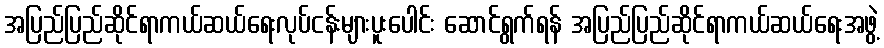
အပြည်ပြည်ဆိုင်ရာကယ်ဆယ်ရေးလုပ်ငန်းများပူးပေါင်း ဆောင်ရွက်ရန် အပြည်ပြည်ဆိုင်ရာကယ်ဆယ်ရေးအဖွဲ့